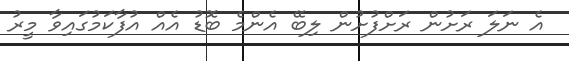
އެ ނަލަ ރަށުން ރަށްފުށުން ލިބޭ އެންމެ ބޮޑު އެއް އުފާކަމުގައިވާ މީރު